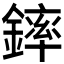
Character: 𨫏